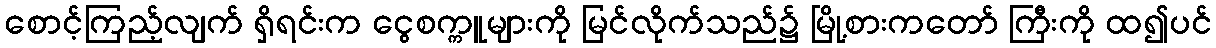
စောင့်ကြည့်လျက် ရှိရင်းက ငွေစက္ကူများကို မြင်လိုက်သည်၌ မြို့စားကတော် ကြီးကို ထ၍ပင်